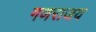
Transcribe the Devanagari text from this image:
गणराजय